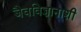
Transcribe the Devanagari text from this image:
जैवविज्ञानाशी